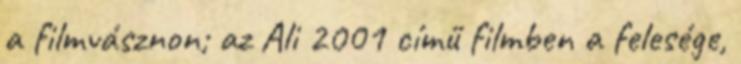
a filmvásznon; az Ali 2001 című filmben a felesége,